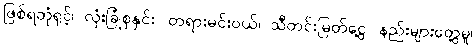
ဖြစ်ရတုံရှင့်၊ လုံးခြုံစုနှင်း၊ တရားမင်းဝယ်၊ သီတင်းမြတ်ငွေ့၊ နည်းများတွေ့မူ၊